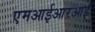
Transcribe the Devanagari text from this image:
एमआईआरआई